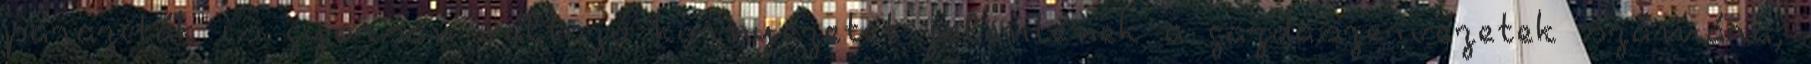
paraziták is gyorsan változó környezetet jelentenek a gazdaszervezetek számára,